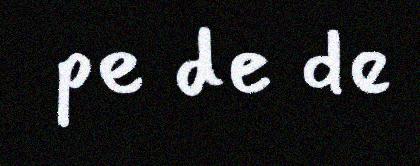
pe de de